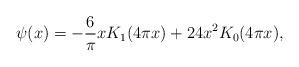
LaTeX: \begin{align*} \psi(x) = -\frac{6}{\pi} x K_{1}(4 \pi x) + 24x^{2} K_{0}(4 \pi x),\end{align*}